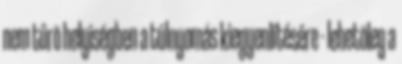
nem tûrõ helyiségben a túlnyomás kiegyenlítésére - lehetõleg a